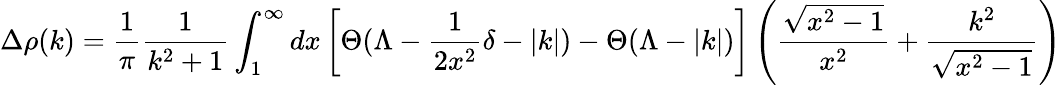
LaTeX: \Delta\rho(k)=\frac{1}{\pi}\frac{1}{k^{2}+1}\int_{1}^{\infty}dx\left[\Theta(\Lambda-\frac{1}{2x^{2}}\delta-|k|)-\Theta(\Lambda-|k|)\right]\left(\frac{\sqrt{x^{2}-1}}{x^{2}}+\frac{k^{2}}{\sqrt{x^{2}-1}}\right)